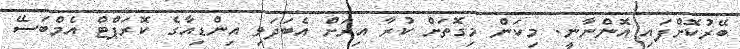
ބޭރުކޮށްފައި އޮންނާނީ. މިކަން މިގޮތަށް ކުރާ އިރަަށް އެބަދަވި އިންޑިއާގެ ކޮރަޕްޓް އެމްބަސޭ